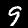
Digit: 9